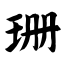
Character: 珊